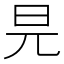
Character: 㫕